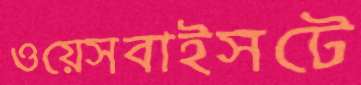
ওয়েসবাইসটে